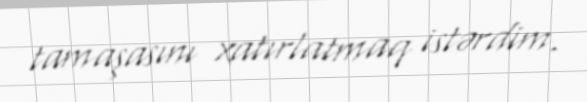
tamaşasını xatırlatmaq istərdim.